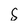
Character: s